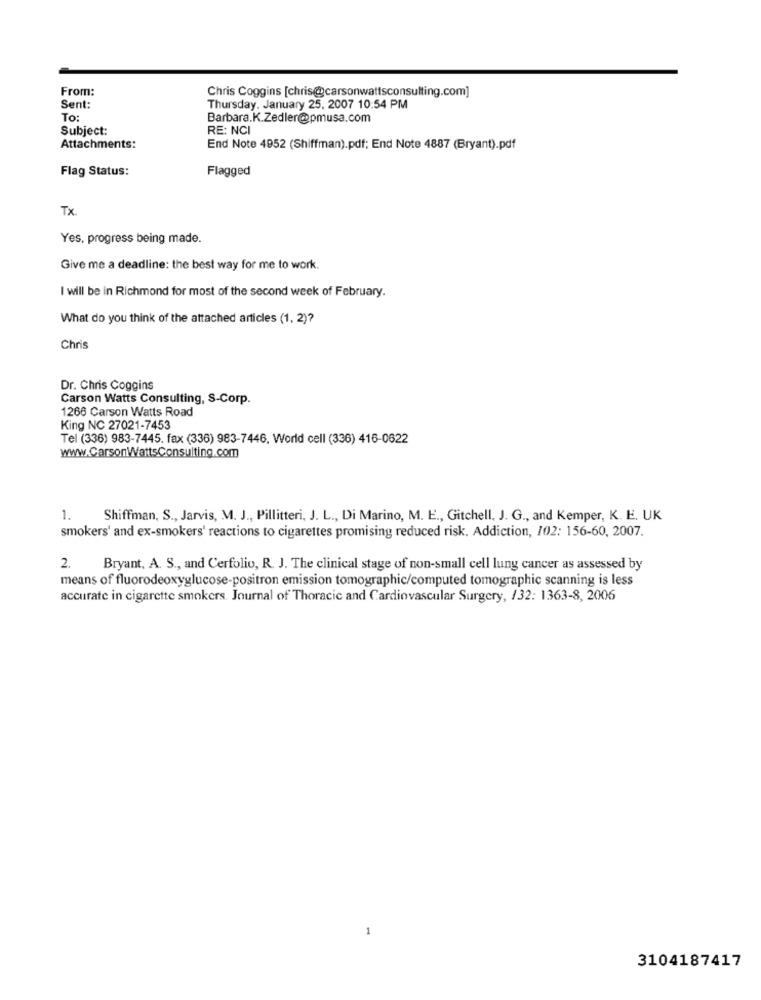
From:
Chris Coggins [chris@carsonwattsconsulting.com]
Sent:
Thursday, January 25, 2007 10:54 PM
To:
Barbara.K.Zedler@pmusa.com
Subject:
RE: NCI
Attachments:
End Note 4952 (Shiffman).pdf; End Note 4887 (Bryant).pdf
Flag Status:
Flagged
Tx
Yes, progress being made.
Give me a deadline: the best way for me to work.
I will be in Richmond for most of the second week of February.
What do you think of the attached articles (1, 2)?
Chris
Dr. Chris Coggins
Carson Watts Consulting, S-Corp.
1266 Carson Watts Road
King NC 27021-7453
Tel (336) 983-7445. fax (336) 983-7446, World cell (336) 416-0622
www.CarsonWatts Consulting.com
1. Shiffman, S ., Jarvis, M. J ., Pillitteri, J. L ., Di Marino, M. E ., Gitchell, J. G ., and Kemper, K. E. UK
smokers' and ex-smokers' reactions to cigarettes promising reduced risk. Addiction, 102: 156-60, 2007.
2.
Bryant, A. S ., and Cerfolio, R. J. The clinical stage of non-small cell lung cancer as assessed by
means of fluorodeoxyglucose-positron emission tomographic/computed tomographic scanning is less
accurate in cigarette smokers. Journal of Thoracic and Cardiovascular Surgery, /32: 1363-8, 2006
3104187417